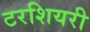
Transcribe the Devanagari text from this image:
टरशियरी